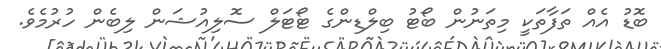
ބޮޑު އެއް ތަފާތަކީ މިތަނުން ބޯޓު ބިލްޑިންގެ ޓޯޓަލް ސޮލިއުޝަން ލިބެން ހުރުމެވެ.